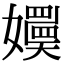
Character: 嬽